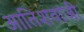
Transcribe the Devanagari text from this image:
आतिशवाजी